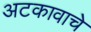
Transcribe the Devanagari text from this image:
अटकावाचे